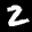
Label: 2